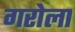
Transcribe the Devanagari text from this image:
गरोला